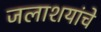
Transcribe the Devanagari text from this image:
जलाशयांचे